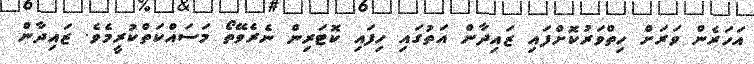
އަހަރެން ވަރަށް ހިތްވަރުކޮށްފައި ޒައިދާން އަތުގައި ހިފައި ކޮޓަރިން ނެރެވޭތޯ މަސައްކަތްކުރީމެވެ. ޒައިދާން